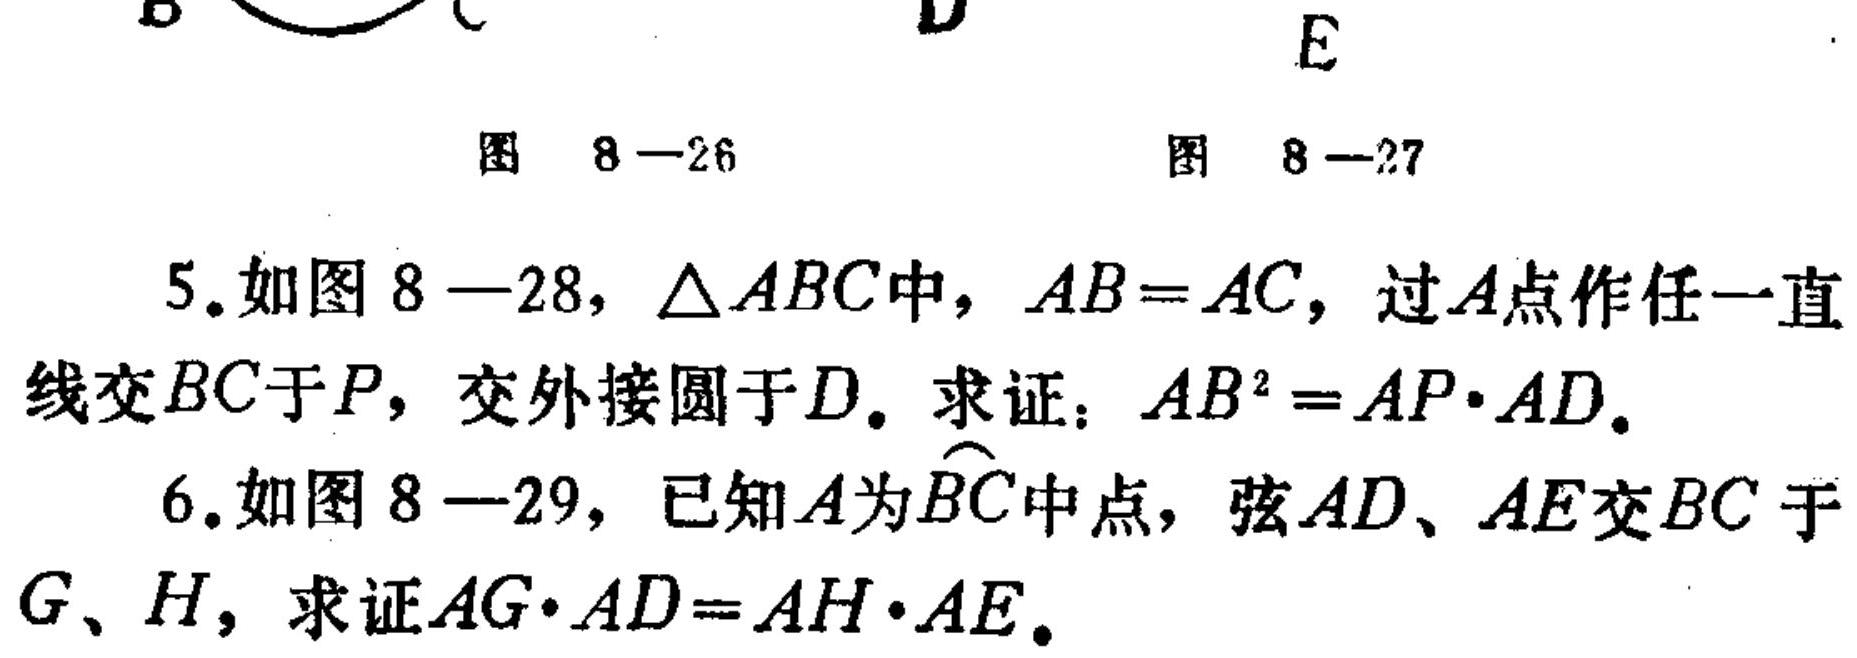
图 8—26 \quad 图 8—27
5. 如图 8—28, \(\triangle ABC\)中, \(AB = AC\), 过\(A\)点作任一直线交\(BC\)于\(P\), 交外接圆于\(D\). 求证：\(AB^{2}=AP\cdot AD\).
6. 如图 8—29, 已知\(A\)为\(\overset{\frown}{BC}\)中点, 弦\(AD\)、\(AE\)交\(BC\)于\(G\)、\(H\), 求证\(AG\cdot AD = AH\cdot AE\).